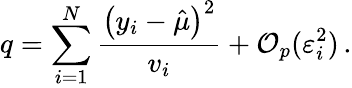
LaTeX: q=\sum_{i=1}^{N}\frac{\left(y_{i}-\hat{\mu}\right)^{2}}{v_{i}}+\mathcal{O}_{p}(\varepsilon_{i}^{2})\, .